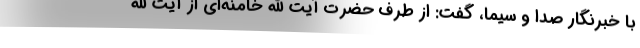
با خبرنگار صدا و سیما، گفت: از طرف حضرت آیت الله خامنه‌ای از آیت الله